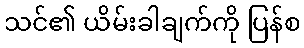
သင်၏ ယိမ်းခါချက်ကို ပြန်စ